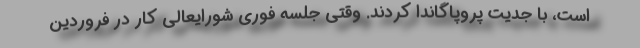
است، با جدیت پروپاگاندا کردند. وقتی جلسه فوری شورایعالی کار در فروردین